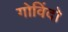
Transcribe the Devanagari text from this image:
गोविंदो